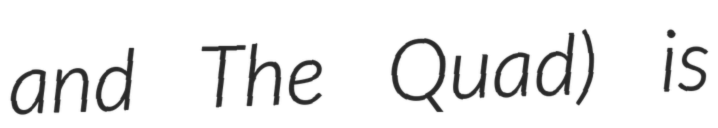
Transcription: and The Quad) is